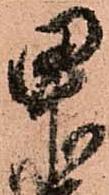
甲